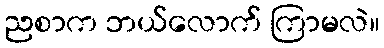
ညစာက ဘယ်လောက် ကြာမလဲ။